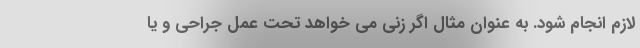
لازم انجام شود. به عنوان مثال اگر زنی می خواهد تحت عمل جراحی و یا